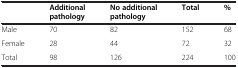
<table><thead><tr><td><b> </b></td><td><b>Additional pathology</b></td><td><b>No additional pathology</b></td><td><b>Total</b></td><td><b>%</b></td></tr></thead><tbody><tr><td>Male</td><td>70</td><td>82</td><td>152</td><td>68</td></tr><tr><td>Female</td><td>28</td><td>44</td><td>72</td><td>32</td></tr><tr><td>Total</td><td>98</td><td>126</td><td>224</td><td>100</td></tr></tbody></table>